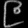
Digit: ၉